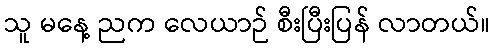
သူ မနေ့ ညက လေယာဉ် စီးပြီးပြန် လာတယ်။